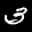
Label: 3